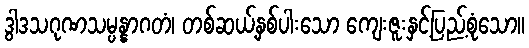
ဒွါဒသဂုဏသမ္ပန္နာဂတံ၊ တစ်ဆယ့်နှစ်ပါးသော ကျေးဇူးနှင့်ပြည့်စုံသော။